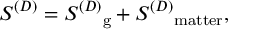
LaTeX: S ^ { ( D ) } = { S ^ { ( D ) } } _ { \mathrm { g } } + { S ^ { ( D ) } } _ { \mathrm { m a t t e r } } ,